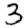
Digit: 3